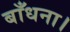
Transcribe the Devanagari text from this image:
बाँधना।